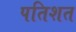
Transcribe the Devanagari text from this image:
पतिशत